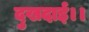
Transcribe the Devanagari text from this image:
दुखदाई।।